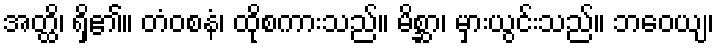
အတ္ထိ၊ ရှိ၏။ တံဝစနံ၊ ထိုစကားသည်။ မိစ္ဆာ၊ မှားယွင်းသည်။ ဘဝေယျ၊